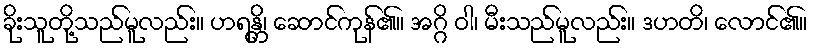
ခိုးသူတို့သည်မူလည်း။ ဟရန္တိ၊ ဆောင်ကုန်၏။ အဂ္ဂိ ဝါ၊ မီးသည်မူလည်း။ ဒဟတိ၊ လောင်၏။